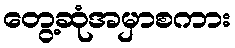
တွေ့ဆုံအမှာစကား